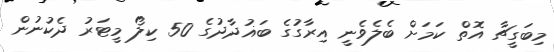
މިބަގީޗާ އޮތް ކަމަށް ބެލެވެނީ އިރާގުގެ ބަޣުދާދުގެ 50 ކިލޯ މީޓަރު ދެކުނުން